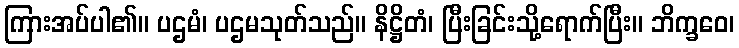
ကြားအပ်ပါ၏။ ပဌမံ၊ ပဌမသုတ်သည်။ နိဋ္ဌိတံ၊ ပြီးခြင်းသို့ရောက်ပြီး။ ဘိက္ခဝေ၊